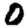
Digit: 0